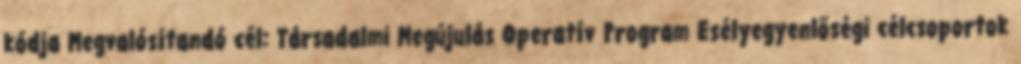
kódja Megvalósítandó cél: Társadalmi Megújulás Operatív Program Esélyegyenlőségi célcsoportok